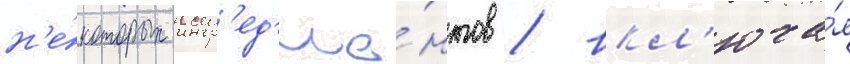
н'е́которых ингр'ед'ие́нтов / вкл'юча́я